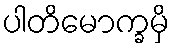
ပါတိမောက္ခမှိ